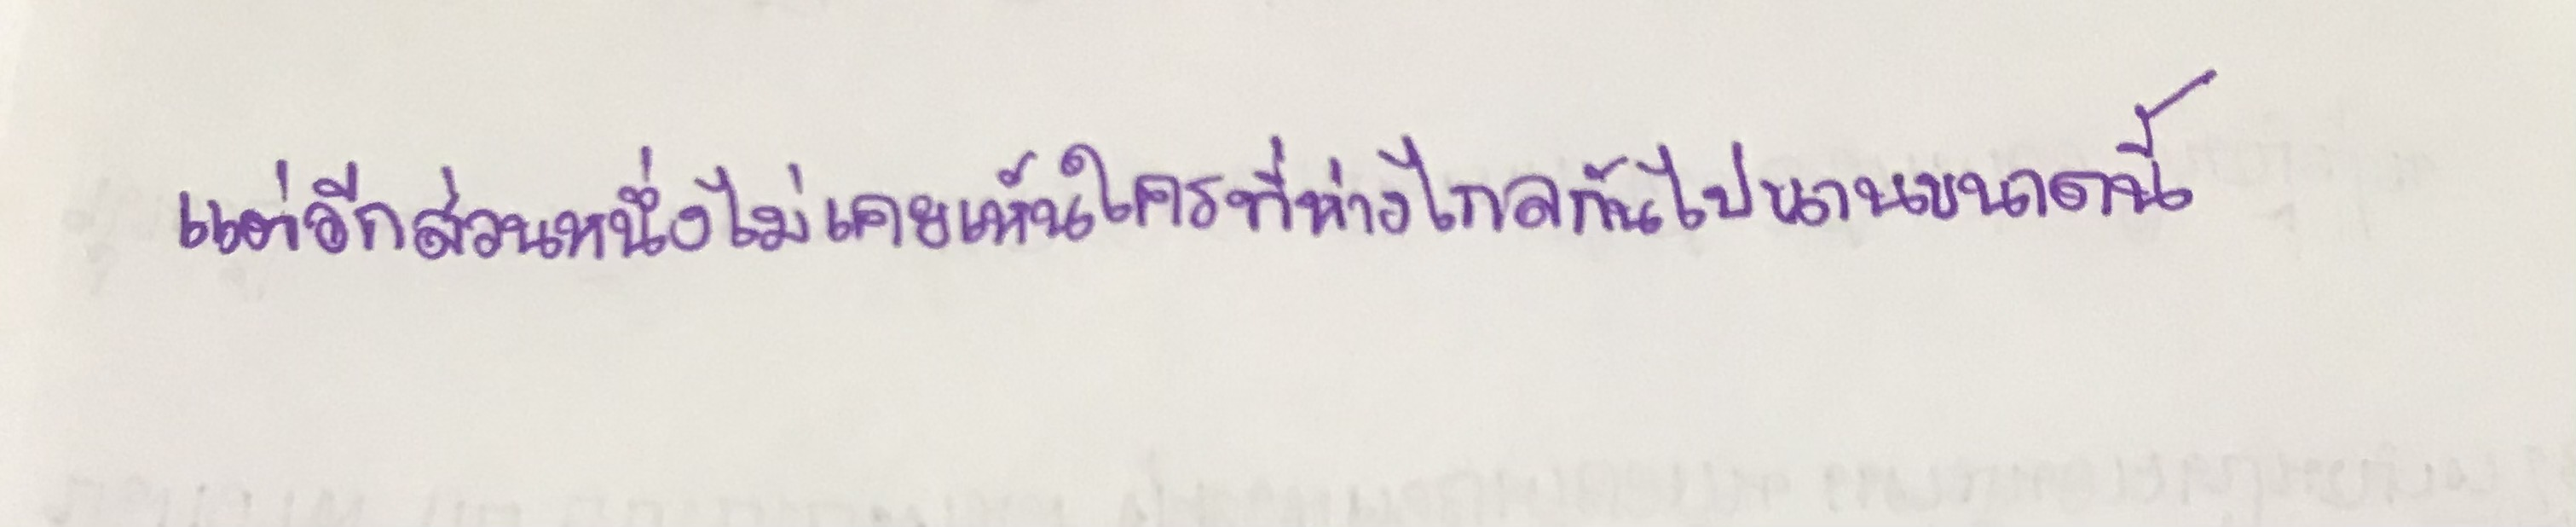
แต่อีกส่วนหนึ่งคือไม่เคยเห็นใครที่ห่างไกลกันไปนานขนาดนี้